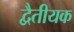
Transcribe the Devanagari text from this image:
द्वैतीयक